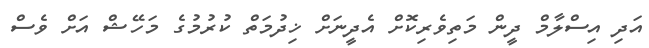
އަދި އިސްލާމް ދީން މަތިވެރިކޮށް އެދީނަށް ޚިދުމަތް ކުރުމުގެ މަހޭޝް އަށް ވެސް